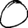
Digit: 0